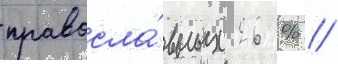
правосла́вных 26 % //